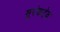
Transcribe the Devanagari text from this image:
मुरंबदेव